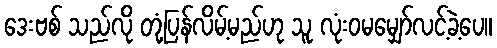
ဒေးဗစ် သည်လို တုံ့ပြန်လိမ့်မည်ဟု သူ လုံးဝမမျှော်လင့်ခဲ့ပေ။